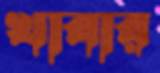
খাবার